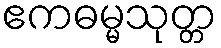
ဧကဓမ္မသုတ္တ